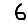
Digit: 6